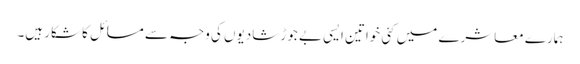
ہمارے معاشرے میں کئی خواتین ایسی بے جوڑ شادیوں کی وجہ سے مسائل کا شکار ہیں۔